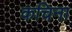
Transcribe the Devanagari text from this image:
कचिना